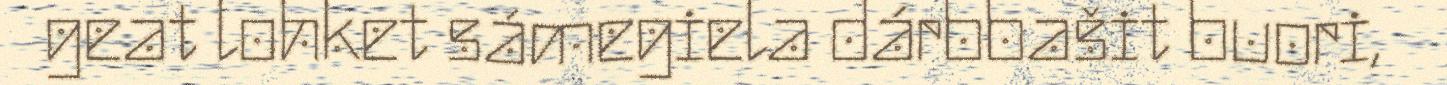
geat lohket sámegiela dárbbašit buori,